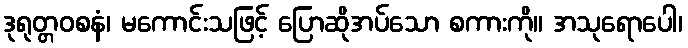
ဒုရုတ္တဝစနံ၊ မကောင်းသဖြင့် ပြောဆိုအပ်သော စကားကို။ အသုရောပေါ၊